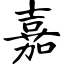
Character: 嘉